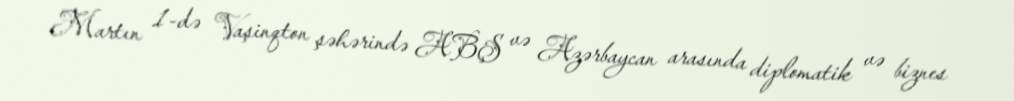
Martın 1-də Vaşinqton şəhərində ABŞ və Azərbaycan arasında diplomatik və biznes